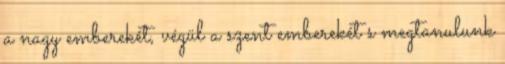
a nagy emberekét, végül a szent emberekét s megtanulunk